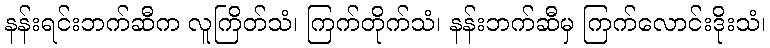
နန်းရင်းဘက်ဆီက လူကြိတ်သံ၊ ကြက်တိုက်သံ၊ နန်းဘက်ဆီမှ ကြက်လောင်းဒိုးသံ၊